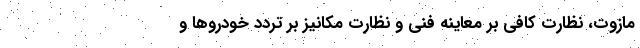
مازوت، نظارت کافی بر معاینه فنی و نظارت مکانیز بر تردد خودرو‌ها و